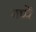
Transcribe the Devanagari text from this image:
गप्पें